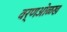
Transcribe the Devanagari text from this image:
वर्णओळख